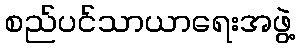
စည်ပင်သာယာရေးအဖွဲ့